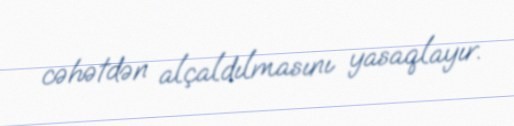
cəhətdən alçaldılmasını yasaqlayır.